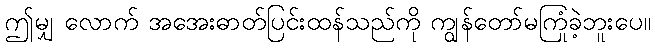
ဤမျှ လောက် အအေးဓာတ်ပြင်းထန်သည်ကို ကျွန်တော်မကြုံခဲ့ဘူးပေ။